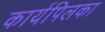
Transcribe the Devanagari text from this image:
कार्यपिलका